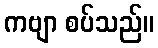
ကဗျာ စပ်သည်။